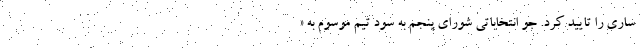
ساری را تایید کرد. جوِ انتخاباتی شورای پنجم به سود تیم موسوم به «